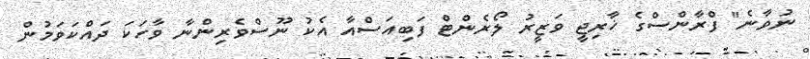
ނުވާނެ" ފްރާންސްގެ ޚާރިޖީ ވަޒީރު ލޯރެންޓް ފަބިއަސްއާ އެކު ނޫސްވެރިންނާ ވާހަކަ ދައްކަވަމުން